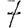
Digit: 7